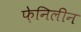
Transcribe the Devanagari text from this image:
फ़ेनिलीन